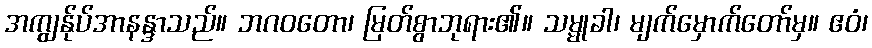
အကျွန်ုပ်အာနန္ဒာသည်။ ဘဂဝတော၊ မြတ်စွာဘုရား၏။ သမ္မုခါ၊ မျက်မှောက်တော်မှ။ ဧဝံ၊